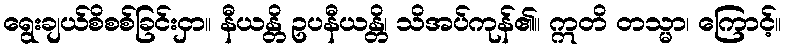
ရွေးချယ်စိစစ်ခြင်းငှာ။ နီယန္တိ ဥပနီယန္တိ၊ သိအပ်ကုန်၏။ ဣတိ တသ္မာ၊ ကြောင့်။